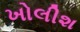
ખોલીશ